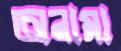
অনামা